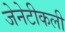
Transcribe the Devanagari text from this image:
जेनेटीकली